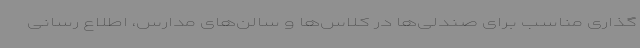
گذاری مناسب برای صندلی‌ها در کلاس‌ها و سالن‌های مدارس، اطلاع رسانی